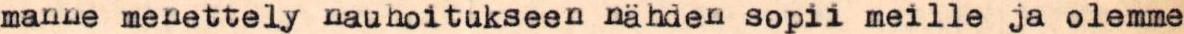
manne menettely nauhoitukseen nähden sopii meille ja olemme